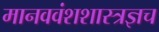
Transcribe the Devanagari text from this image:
मानववंशशास्त्रज्ञच